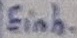
Text: Einh.